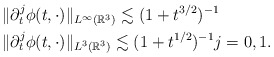
\begin{align*}&\|\partial_t^j\phi(t,\cdot)\|_{L^\infty(\mathbb{R}^3)}\lesssim (1+t^{3/2})^{-1}\\&\|\partial_t^j\phi(t,\cdot)\|_{L^3(\mathbb{R}^3)}\lesssim (1+t^{1/2})^{-1}j=0,1.\end{align*}